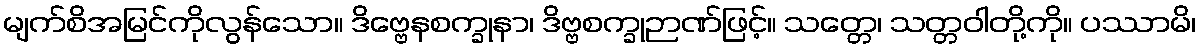
မျက်စိအမြင်ကိုလွန်သော။ ဒိဗ္ဗေနစက္ခုနာ၊ ဒိဗ္ဗစက္ခုဉာဏ်ဖြင့်။ သတ္တေ၊ သတ္တဝါတို့ကို။ ပဿာမိ၊